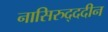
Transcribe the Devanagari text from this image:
नासिरुद्ददीन